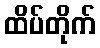
ထိပ်တိုက်